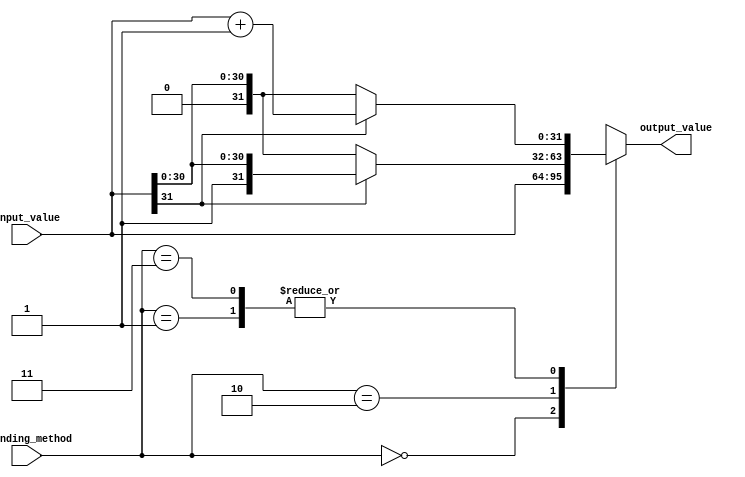
module fixed_point_rounding_unit (
    input wire [31:0] input_value,
    input wire [1:0] rounding_method,
    output reg [31:0] output_value
);

always @(*)
begin
    case(rounding_method)
        2'b00: output_value = input_value; // No rounding
        2'b01: output_value = input_value[31] ? input_value[31] ? input_value + 1 : input_value : input_value; // Round towards positive infinity
        2'b10: output_value = input_value[31] ? input_value : input_value[31] ? input_value - 1 : input_value; // Round towards negative infinity
        2'b11: output_value = input_value[31] ? input_value + 1 : input_value; // Round to nearest with ties to even
        default: output_value = input_value;
    endcase
end

endmodule